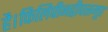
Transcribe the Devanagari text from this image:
है।फिलिपीनद्वीपसमूह